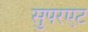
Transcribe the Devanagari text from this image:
सुपरएट